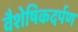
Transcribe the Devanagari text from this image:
वैशेषिकदर्पण